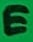
Text: E